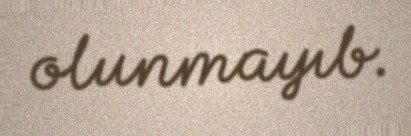
olunmayıb.